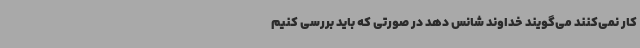
کار نمی‌کنند می‌گویند خداوند شانس دهد در صورتی که باید بررسی کنیم